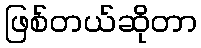
ဖြစ်တယ်ဆိုတာ